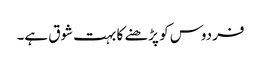
فردوس کو پڑھنے کا بہت شوق ہے۔